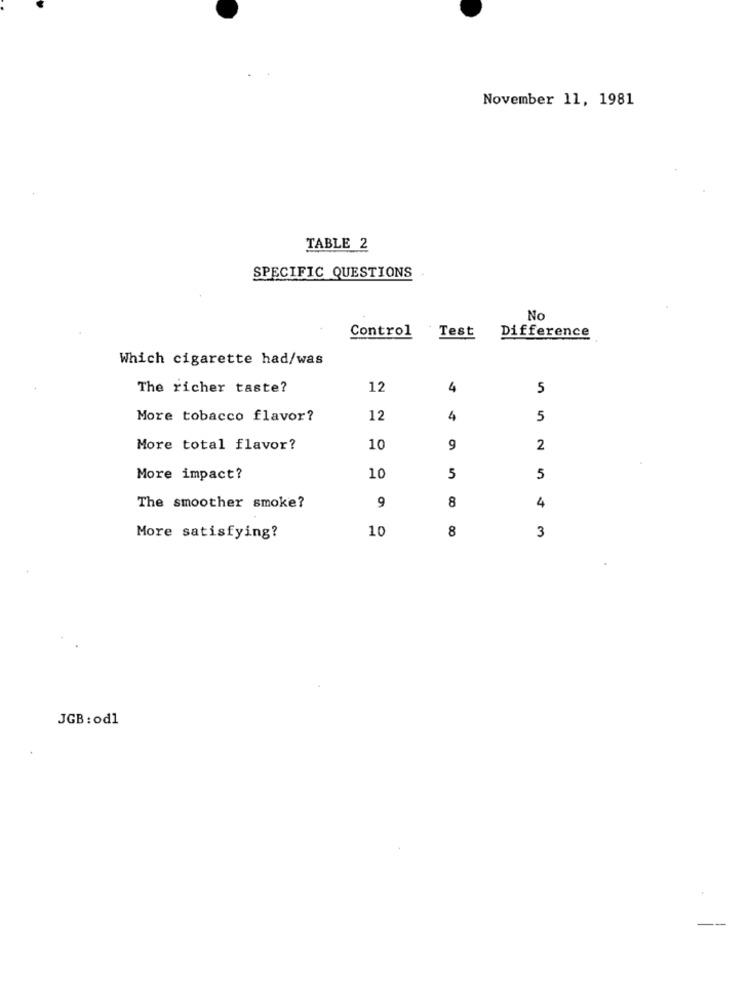
November 11, 1981
TABLE 2
SPECIFIC QUESTIONS
No
Control
Test
Difference
Which cigarette had/was
The richer taste?
12
4
5
More tobacco flavor?
12
4
5
More total flavor?
10
9
2
More impact?
10
5
5
8
The smoother smoke?
9
4
10
8
3
More satisfying?
JGB : od1